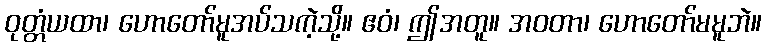
ဝုတ္တံယထာ၊ ဟောတော်မူအပ်သကဲ့သို့။ ဧဝံ၊ ဤအတူ။ အဝတာ၊ ဟောတော်မမူဘဲ။